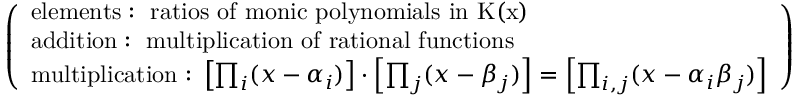
\left( \begin{array} { l } { \mathrm { e l e m e n t s : ~ r a t i o s ~ o f ~ m o n i c ~ p o l y n o m i a l s ~ i n ~ K ( x ) ~ } } \\ { \mathrm { a d d i t i o n : ~ m u l t i p l i c a t i o n ~ o f ~ r a t i o n a l ~ f u n c t i o n s } } \\ { \mathrm { m u l t i p l i c a t i o n : ~ } \left[ \prod _ { i } ( x - \alpha _ { i } ) \right] \cdot \left[ \prod _ { j } ( x - \beta _ { j } ) \right] = \left[ \prod _ { i , j } ( x - \alpha _ { i } \beta _ { j } ) \right] } \end{array} \right)